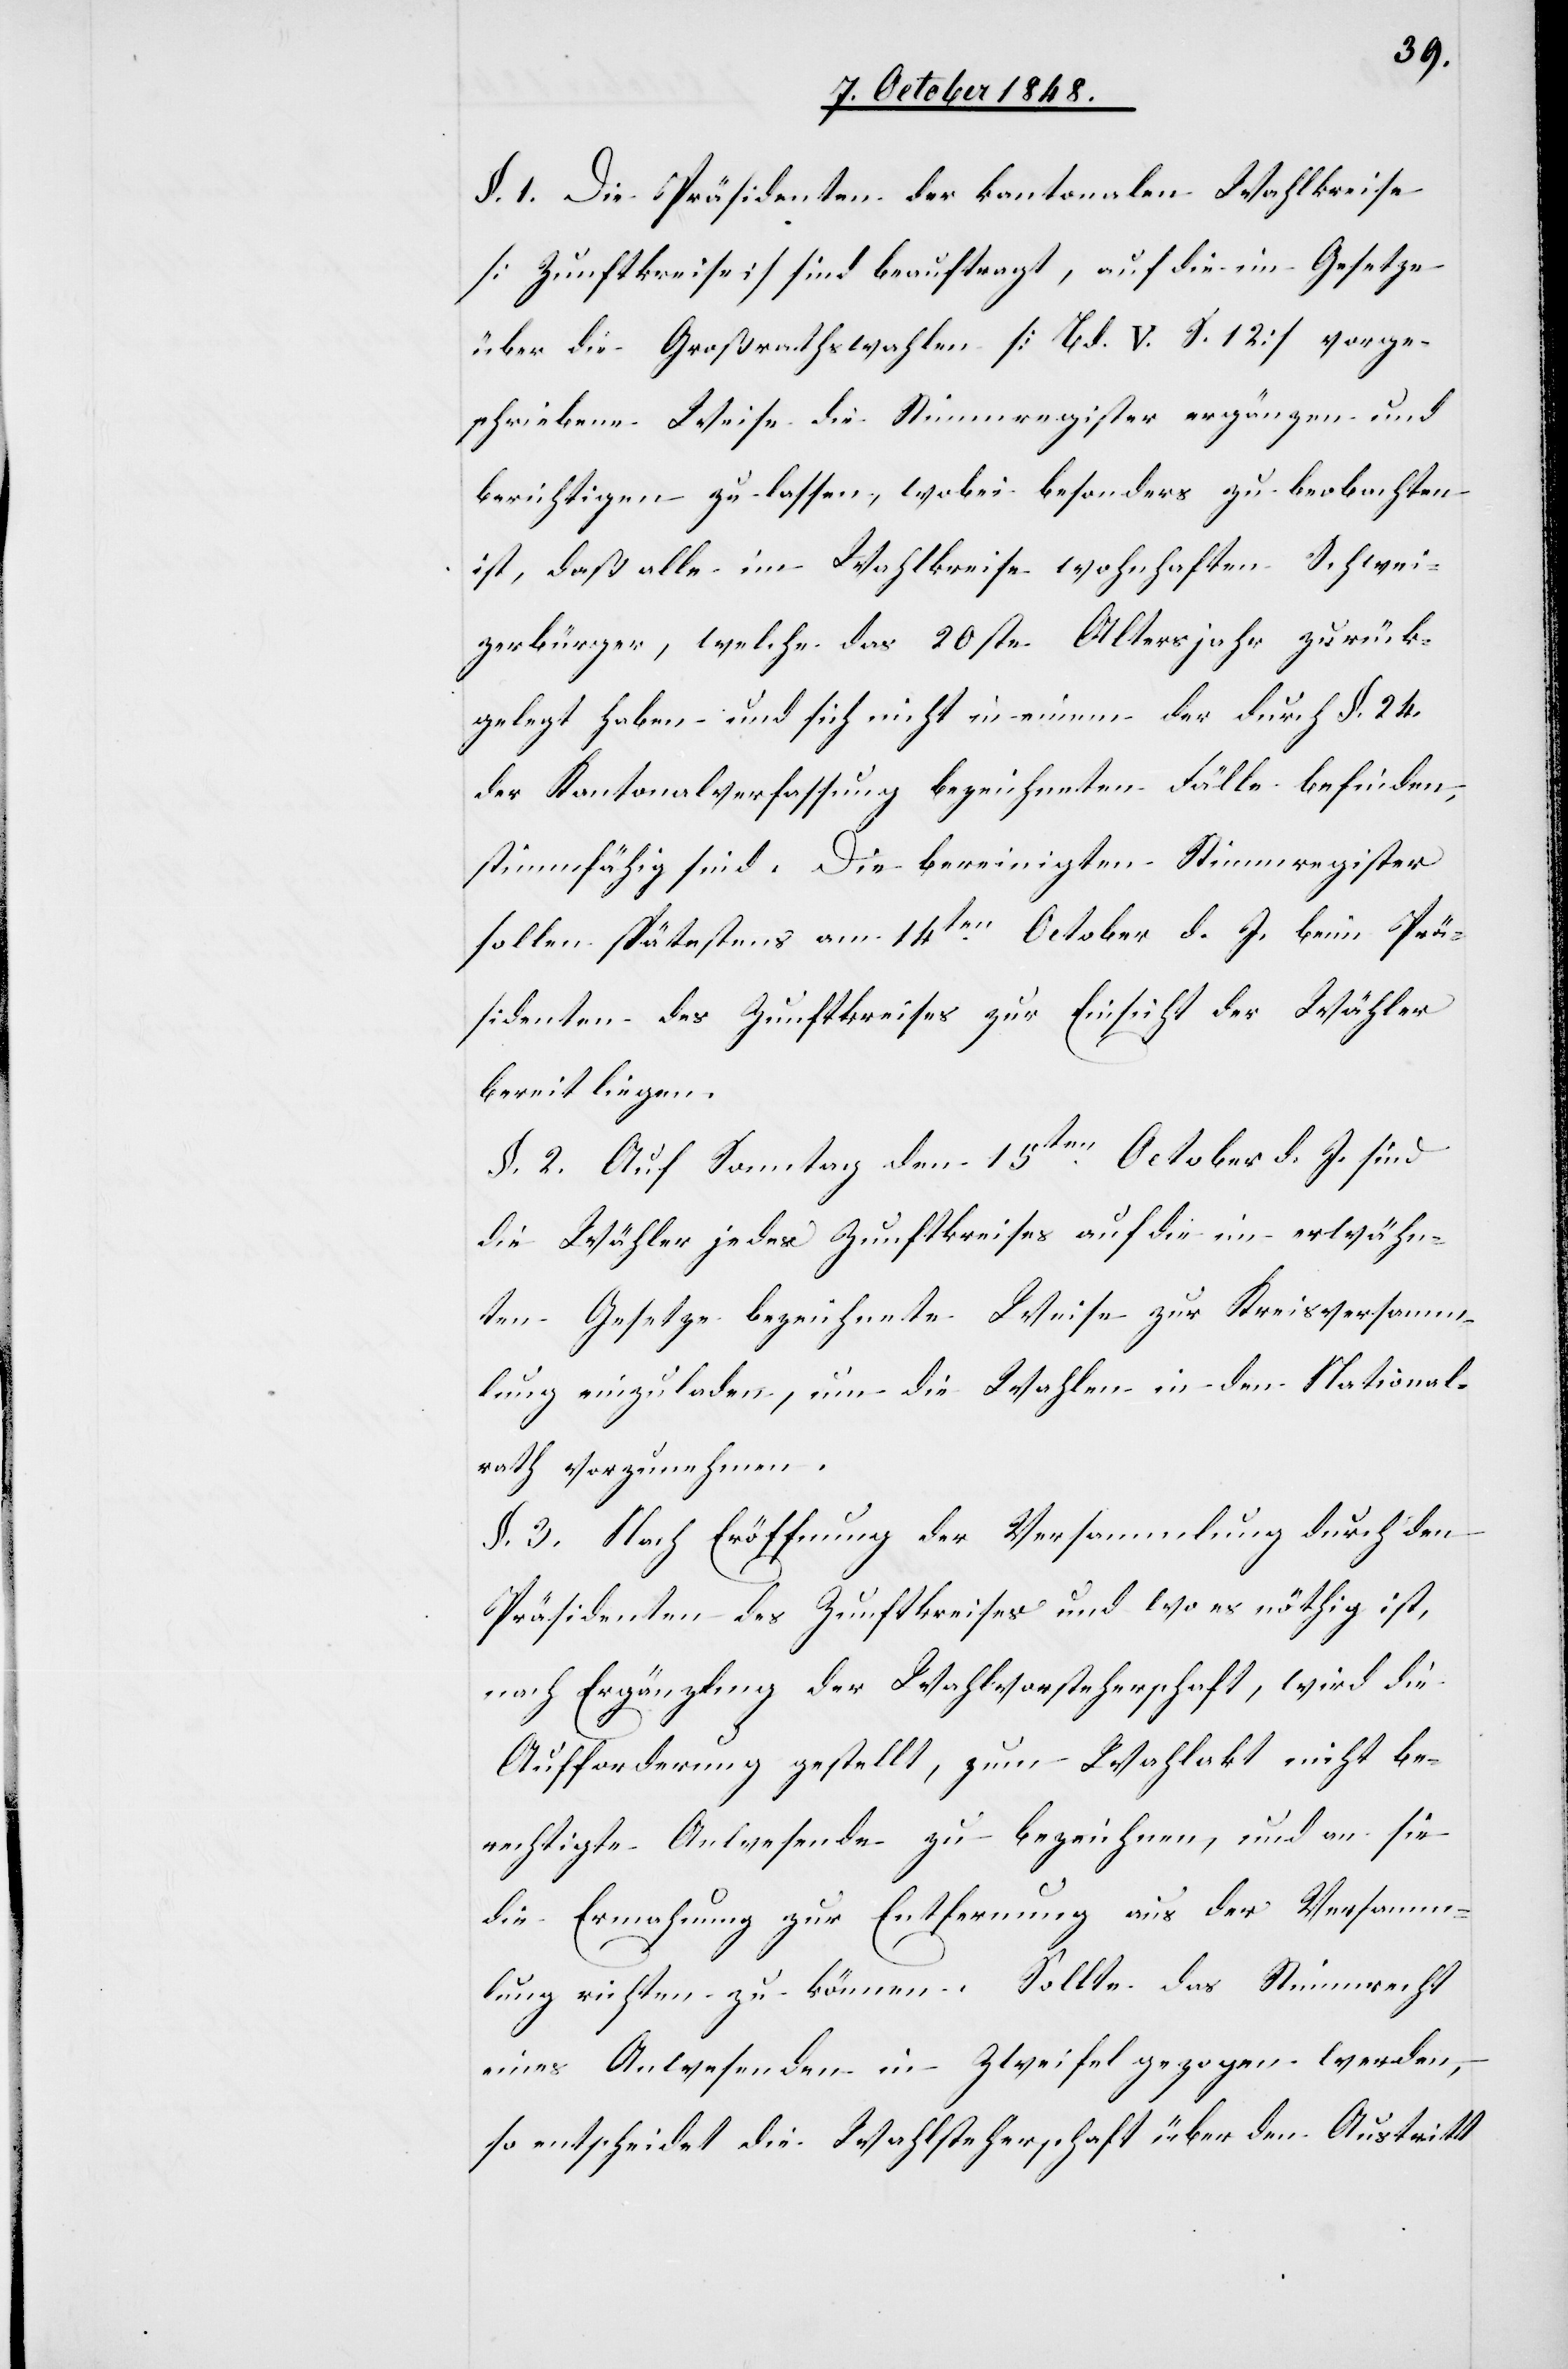
§. 1. Die Präsidenten der kantonalen Wahlkreise
[Zunftkreise] sind beauftragt, auf die im Gesetze
über die Großrathswahlen [Bd. V. S. 12] vorge¬
schriebene Weise die Stimmregister ergänzen und
berichtigen zu lassen, wobei besonders zu beobachten
ist, daß alle im Wahlkreise wohnhaften Schwei¬
zerbürger, welche das 20ste Altersjahr zurück¬
gelegt haben und sich nicht in einem der durch §. 24.
der Kantonalverfassung bezeichneten Fälle befinden,
stimmfähig sind. Die bereinigten Stimmregister
sollen spätestens am 14ten. October d. J. beim Prä¬
sidenten des Zunftkreises zur Einsicht der Wähler
bereit liegen.
§. 2. Auf Sonntag den 15ten. October d. J. sind
die Wähler jedes Zunftkreises auf die im erwähn¬
ten Gesetze bezeichnete Weise zur Kreisversamm¬
lung einzuladen, um die Wahlen in den National¬
rath vorzunehmen.
§. 3. Nach Eröffnung der Versammlung durch den
Präsidenten des Zunftkreises und wo es nöthig ist,
nach Ergänzlung [sic!] der Wahlvorsteherschaft, wird die
Aufforderung gestellt, zum Wahlakt nicht be¬
rechtigte Anwesende zu bezeichnen, um an sie
die Ermahnung zur Entfernung aus der Versamm¬
lung richten zu können. Sollte das Stimmrecht
eines Anwesenden in Zweifel gezogen werden,
so entscheidet die Wahl[vor]steherschaft über den Austritt